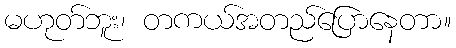
မဟုတ်ဘူး၊ တကယ်အတည်ပြောနေတာ။